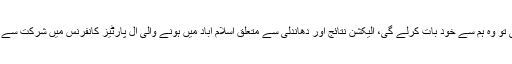
اُن کا کہنا تھا کہ مسلم لیگ ن کو ضرورت ہوگی تو وہ ہم سے خود بات کرلے گی، الیکشن نتائج اور دھاندلی سے متعلق اسلام آباد میں ہونے والی آل پارٹیز کانفرنس میں شرکت سے متعلق بات کرنا میرے اختیار کی بات نہیں ہے۔